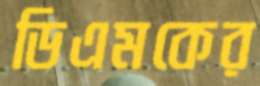
ডিএমকের